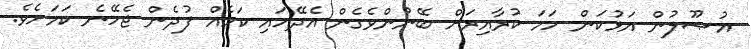
އުޞޫލުން އަޅުކަން ހަމަ ކުރާއިރަށް ބޭނުންވެގެން އެދޭހައި ކަމެއް ފުދެން ޖެހޭނެ ކަމަށެވެ.